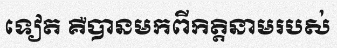
ទៀត គឺបានមកពីកិត្តិនាមរបស់